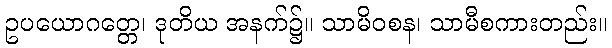
ဥပယောဂတ္တေ၊ ဒုတိယ အနက်၌။ သာမိဝစန၊ သာမီစကားတည်း။